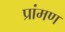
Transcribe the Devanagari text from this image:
प्रांमण